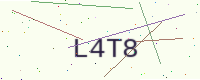
Text: L4T8